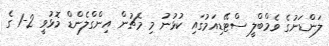
ލަންޑަނުގެ ވެމްބްލީ ސްޓޭޑިއަމުގައި ކުޅުނު މި މެޗުން އިންގްލެންޑް މޮޅުވީ 2-1 ގެ